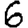
Digit: 6